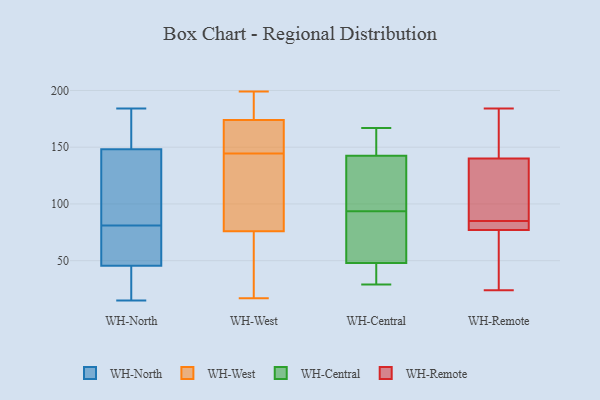
{"axis": {"x": "Latency (ms)", "y": "Value"}, "legend": ["WH-Central", "WH-North", "WH-Remote", "WH-West"], "data": [{"x": "", "y": 62, "type": "WH-North"}, {"x": "", "y": 73, "type": "WH-North"}, {"x": "", "y": 30, "type": "WH-North"}, {"x": "", "y": 184, "type": "WH-North"}, {"x": "", "y": 97, "type": "WH-North"}, {"x": "", "y": 15, "type": "WH-North"}, {"x": "", "y": 81, "type": "WH-North"}, {"x": "", "y": 137, "type": "WH-North"}, {"x": "", "y": 152, "type": "WH-North"}, {"x": "", "y": 182, "type": "WH-North"}, {"x": "", "y": 154, "type": "WH-North"}, {"x": "", "y": 28, "type": "WH-North"}, {"x": "", "y": 43, "type": "WH-North"}, {"x": "", "y": 130, "type": "WH-North"}, {"x": "", "y": 53, "type": "WH-North"}, {"x": "", "y": 17, "type": "WH-West"}, {"x": "", "y": 145, "type": "WH-West"}, {"x": "", "y": 179, "type": "WH-West"}, {"x": "", "y": 153, "type": "WH-West"}, {"x": "", "y": 83, "type": "WH-West"}, {"x": "", "y": 193, "type": "WH-West"}, {"x": "", "y": 174, "type": "WH-West"}, {"x": "", "y": 170, "type": "WH-West"}, {"x": "", "y": 144, "type": "WH-West"}, {"x": "", "y": 54, "type": "WH-West"}, {"x": "", "y": 115, "type": "WH-West"}, {"x": "", "y": 199, "type": "WH-West"}, {"x": "", "y": 25, "type": "WH-West"}, {"x": "", "y": 76, "type": "WH-West"}, {"x": "", "y": 151, "type": "WH-Central"}, {"x": "", "y": 44, "type": "WH-Central"}, {"x": "", "y": 47, "type": "WH-Central"}, {"x": "", "y": 148, "type": "WH-Central"}, {"x": "", "y": 49, "type": "WH-Central"}, {"x": "", "y": 128, "type": "WH-Central"}, {"x": "", "y": 62, "type": "WH-Central"}, {"x": "", "y": 167, "type": "WH-Central"}, {"x": "", "y": 137, "type": "WH-Central"}, {"x": "", "y": 29, "type": "WH-Central"}, {"x": "", "y": 94, "type": "WH-Central"}, {"x": "", "y": 93, "type": "WH-Central"}, {"x": "", "y": 118, "type": "WH-Remote"}, {"x": "", "y": 76, "type": "WH-Remote"}, {"x": "", "y": 84, "type": "WH-Remote"}, {"x": "", "y": 80, "type": "WH-Remote"}, {"x": "", "y": 24, "type": "WH-Remote"}, {"x": "", "y": 78, "type": "WH-Remote"}, {"x": "", "y": 75, "type": "WH-Remote"}, {"x": "", "y": 86, "type": "WH-Remote"}, {"x": "", "y": 135, "type": "WH-Remote"}, {"x": "", "y": 184, "type": "WH-Remote"}, {"x": "", "y": 167, "type": "WH-Remote"}, {"x": "", "y": 145, "type": "WH-Remote"}]}